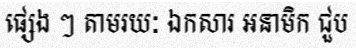
ផ្សេង ៗ តាមរយៈ ឯកសារ អនាមិក ជួប